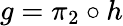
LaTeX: g=\pi_{2}\circ h